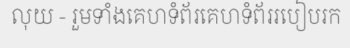
លុយ - រួមទាំងគេហទំព័រគេហទំព័ររបៀបរក